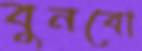
বুনবো